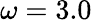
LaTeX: \omega=3.0